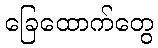
ခြေထောက်တွေ